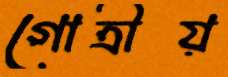
গোত্রীয়